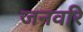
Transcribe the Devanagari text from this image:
जनवरि